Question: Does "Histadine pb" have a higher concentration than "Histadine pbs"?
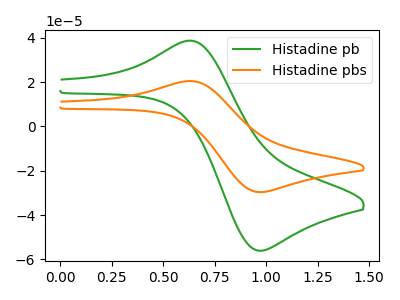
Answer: <think>The green curve "Histadine pb" has an anodic peak at (0.65V, 38.55uA) and a cathodic peak at (0.95V, -56.05uA). The orange curve "Histadine pbs" has an anodic peak at (0.65V, 20.40uA) and a cathodic peak at (0.95V, -29.65uA).
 All the peaks in "Histadine pb" have a peak in "Histadine pbs" at the same potential. Every peak in "Histadine pb" is higher than every peak in "Histadine pbs".</think>
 <answer>"Histadine pb" has more signal than "Histadine pbs" and so likely has a higher concentration.</answer>
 <eval>more_concentration</eval>